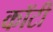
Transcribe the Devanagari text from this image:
कॉटी